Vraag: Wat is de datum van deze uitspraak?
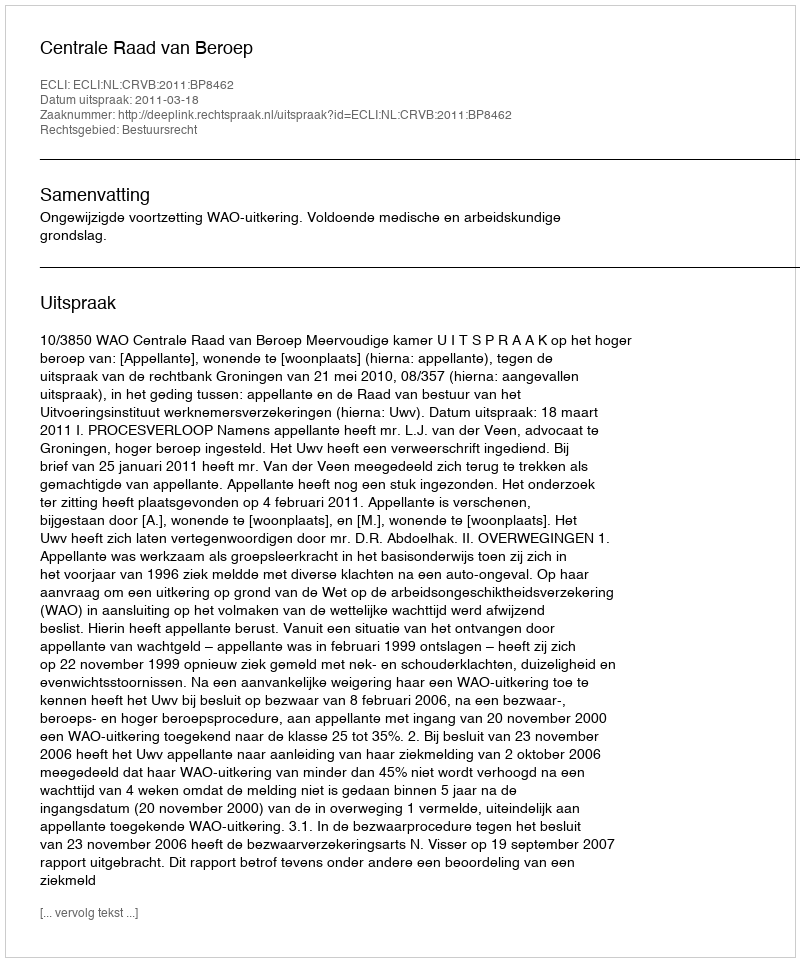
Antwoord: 2011-03-18